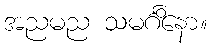
အညမည သမင်္ဂိနော။